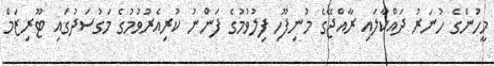
މީހުންގެ ހުނަރު ދައްކާލައި ރާއްޖޭގެ މުނިފޫހި ފިލުވުމުގެ ފަންނު ކުރިއެރުވުމުގެ މަގުސަދުގައި ޓޫރިޒަމް